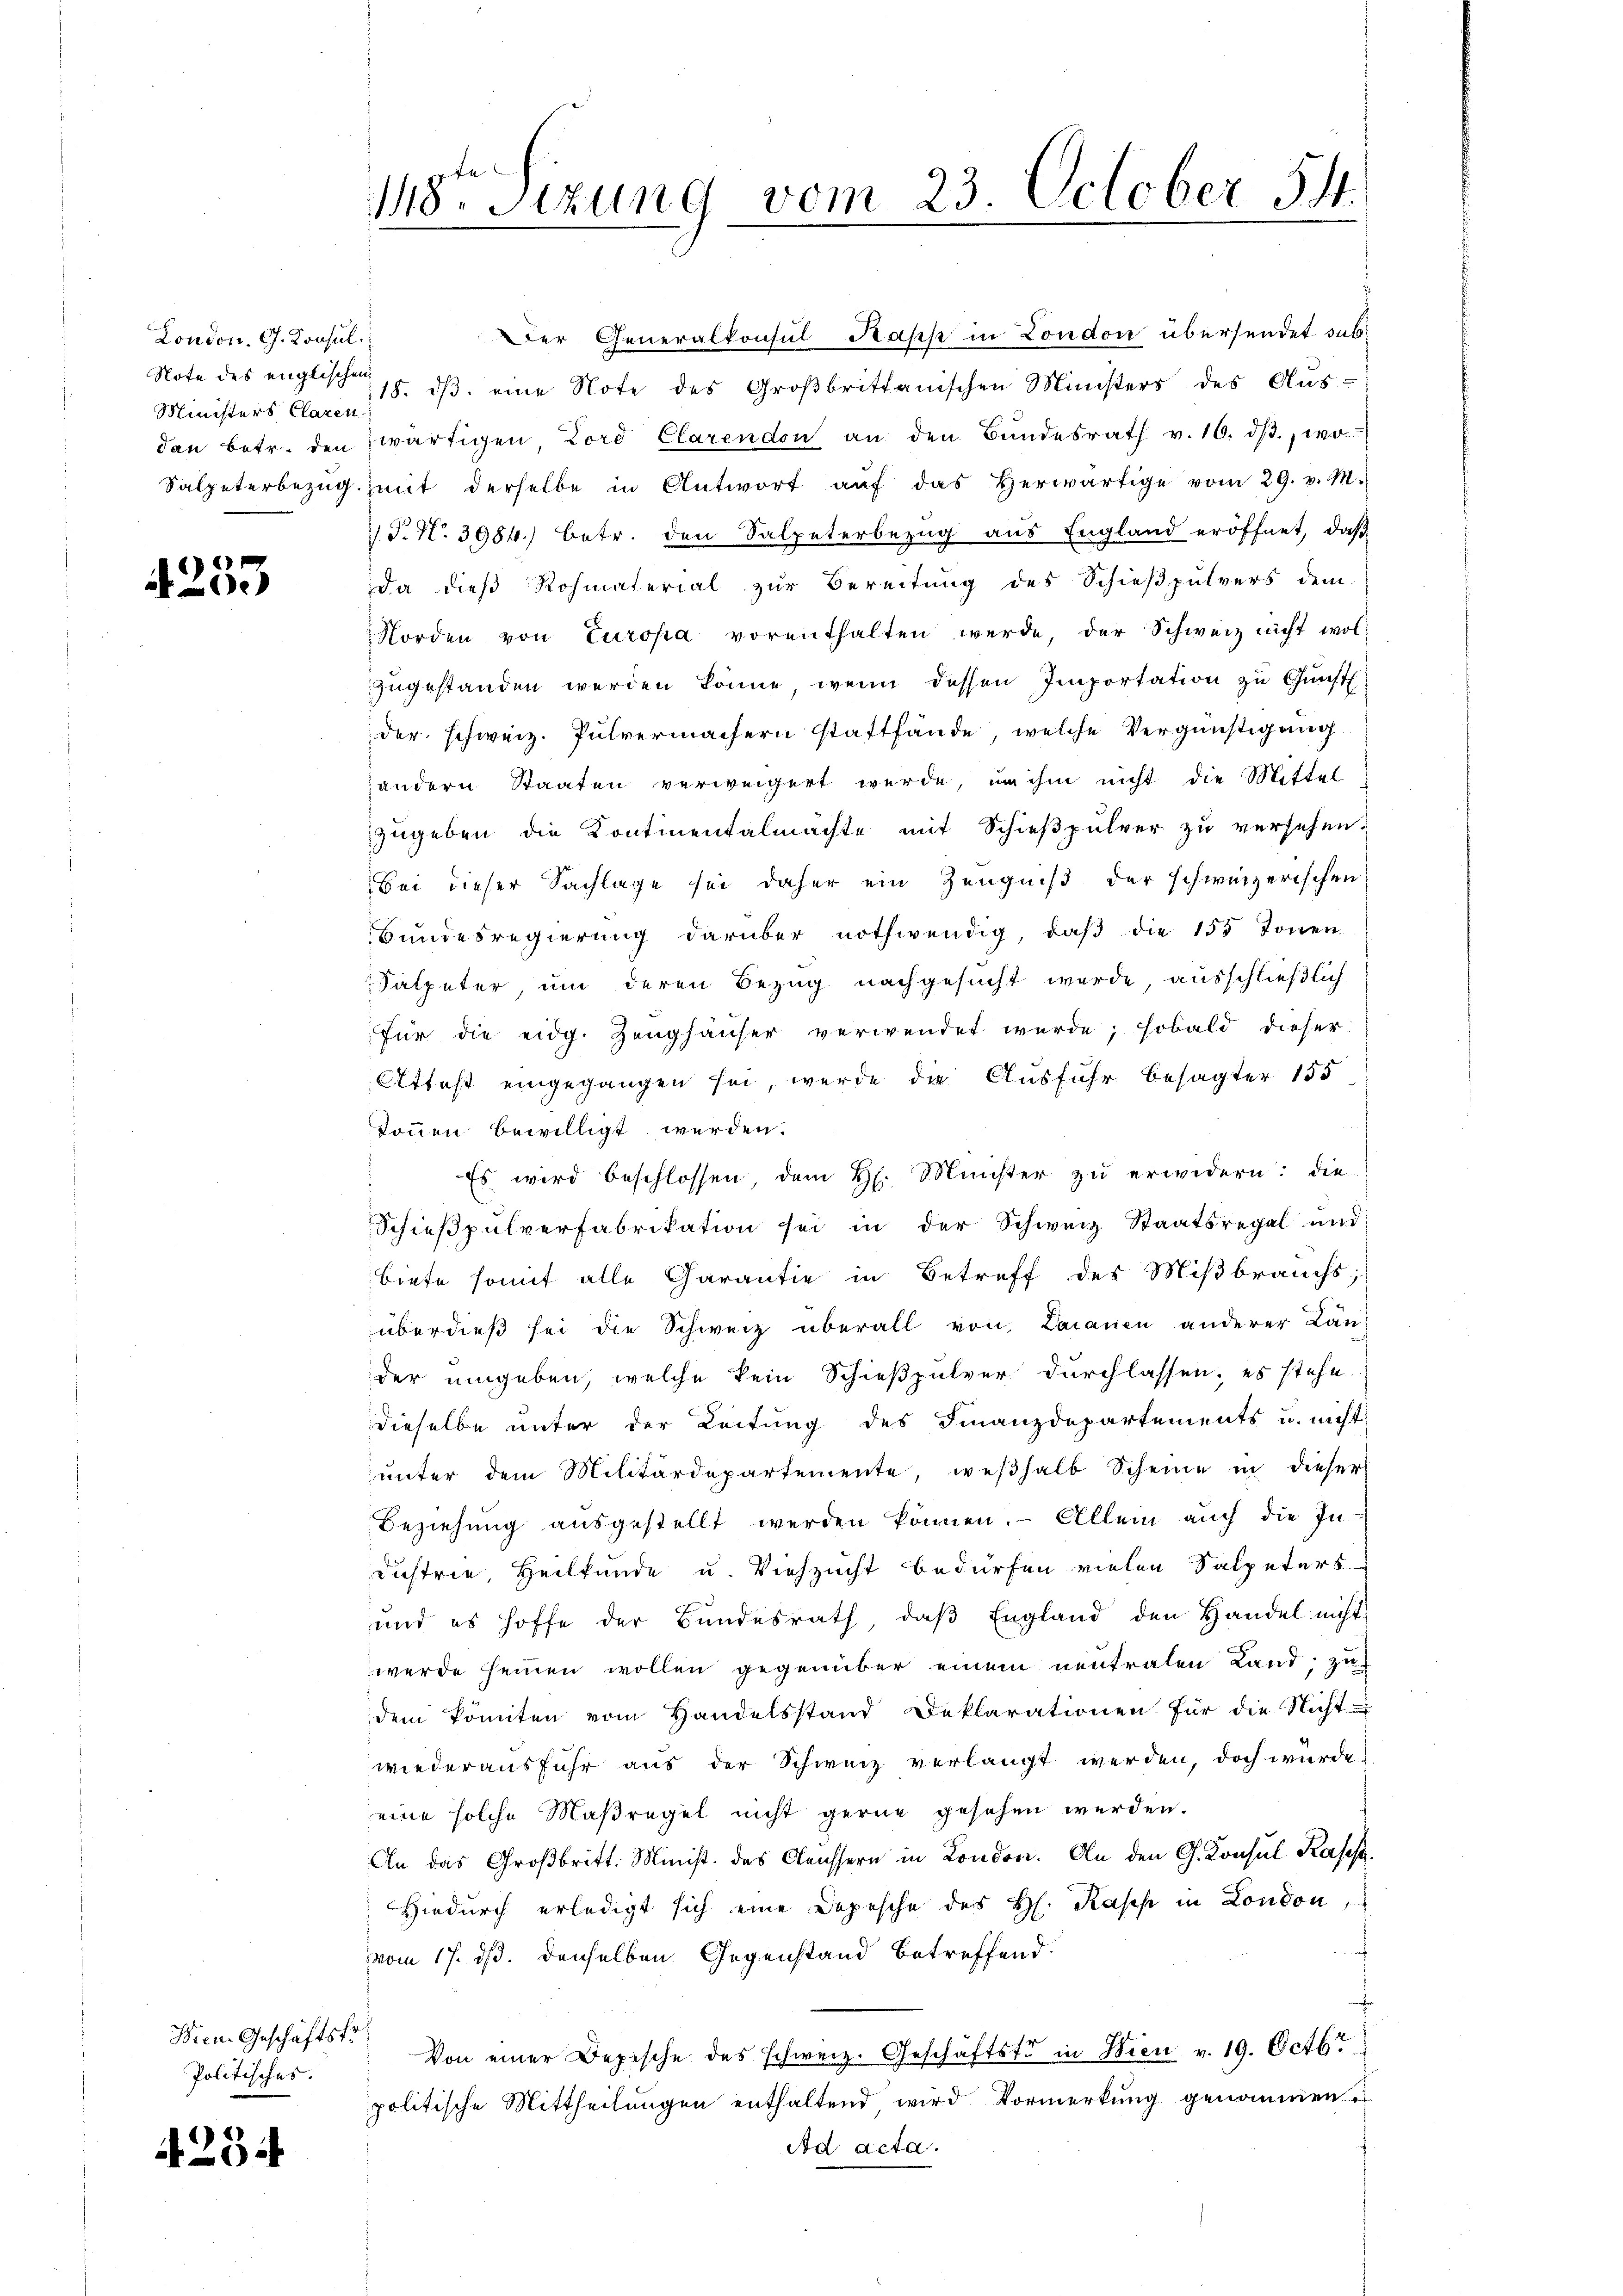
London. Ch. Konsul
Ministers Claren

4255

Bien. Geschäftsfr.
Politisches.

4254

118. Sizung vom 23 October 54.

Der Generalkonsul Papp in London übersendet sub¬
Note des englischen 18. dβ eine Note des Großbrittanischen Ministers des Aus-
dan betr. den wärtigen Lord Clarendon an den Bŭndesrath v. 10. dβ. wo
Salpeterbezŭg. mit derselbe in Antwort aŭf das herwärtige vom 29. v. M.
T. No. 3984.) betr. den Salpeterbezug aus England eröffnet, daß
Da dieß Rohmaterial zur Bereitung des Schießpulvers dem
Norden von Europa vorenthalten werde, der Schweiz nicht wolzugestanden werden könne, wenn dessen Importation zu Gunst.
der schweiz. Pulvermachern stattfände, welche Vergünstigung
andern Staaten verweigert werde, in ihm nicht die Mittel
zugeben die Kontinentalmachte mit Schießpulver zu versehen.
Bei dieser Sachlage sei daher ein Zeugniß der schweizerischen
Bŭndesregierŭng darüber nothwendig, daβ die 155 Tonen
Salpeter, um deren Bezug nachgesucht werde, ausschließlich
für die eidg. Zeughäuser verwendet werde; sobald dieser
Attest eingegangen sei, werde die Ausfuhr besagter 155
können bewilligt werden.
Es wird beschlossen, dem H. Minister zu erwidern: die
Schieβpŭlverfabrikation sei in der Schweiz Staatsregal und
biete somit alle Garantie in Betreff des Mißbrauchs,
überdieß sei die Schweiz überall von Darauen anderer Lan
der umgeben, welche kein Schießpulver durchlassen, es stehe.
dieselbe unter der Leitung des Finanzdepartements u. nicht
ŭnter dem Militärdepartemente, weβhalb Scheine in dieser
Beziehŭng aŭsgestellt werden können. Allein auch die In-
dustrie, Heilkunde u. Viehzucht bedürfen vielen Salpeters
und es hoffe der Bundesrath, daß England den Handel nicht
werde heimen wollen gegenüber einem neutralen Land, zu
dem komiten vom Handelsstand Deklarationen für die Nicht
wiederausfuhr aus der Schweiz verlangt werden, doch würde,
eine solche Maßregel nicht gerne gesehen werden.
An das Großbritt. Minist. des Aeussern in London. An den G. Konsul Kases.
Hiedurch erledigt sich eine Depesche des H. Rases in London,
vom 17. ds. denselben Gegenstand betreffend.
f
Von einer Depische des schweiz. Geschäftste in Wien v. 19. Octbr
politische Mittheilungen enthaltend, wird Vormerkung genommen.
Ad acta.